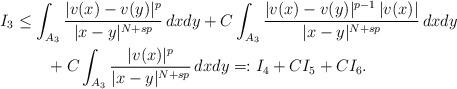
LaTeX: \begin{align*}I_3 &\le \int_{A_3} \frac{|v(x) - v(y)|^p}{|x - y|^{N+sp}}\, dx dy + C \int_{A_3} \frac{|v(x) - v(y)|^{p-1}\, |v(x)|}{|x - y|^{N+sp}}\, dx dy\\&\qquad+ C \int_{A_3} \frac{|v(x)|^p}{|x - y|^{N+sp}}\, dx dy =: I_4 + C I_5 + C I_6.\end{align*}